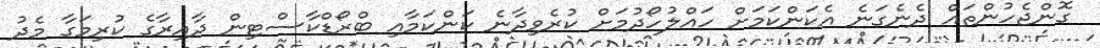
ގޮންޖެހުންތައް ދެނެގަނެ އެކަންކަމަށް ހައްލުހޯދުމަށް ކުރެވިދާނެ ކަންކަމާއި ބްރޯޑްކާސްޓިން ދާއިރާގެ ކުރިމަގާ މެދު